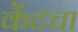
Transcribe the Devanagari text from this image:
केंटचा